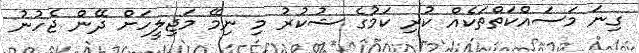
ގިނަ މަސައްކަތްތަކެއް ކުރި ކަމުގެ ޝުކުރު މި ނިމޭ މަޖިލީހަށް ދޭން ޖެހުނު